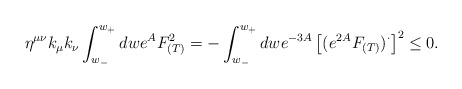
\begin{align*}\eta^{\mu\nu}k_{\mu}k_{\nu}\int_{w_-}^{w_+}dwe^AF_{(T)}^2 = -\int_{w_-}^{w_+}dw e^{-3A}\left[(e^{2A}F_{(T)})^{\cdot}\right]^2 \leq 0.\end{align*}